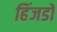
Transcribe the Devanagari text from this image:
हिंजडों